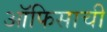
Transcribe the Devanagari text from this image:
ऑफिसाची